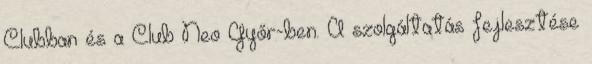
Clubban és a Club Neo Győr-ben. A szolgáltatás fejlesztése